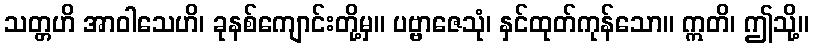
သတ္တဟိ အာဝါသေဟိ၊ ခုနစ်ကျောင်းတို့မှ။ ပဗ္ဗာဇေသုံ၊ နှင်ထုတ်ကုန်သော။ ဣတိ၊ ဤသို့။